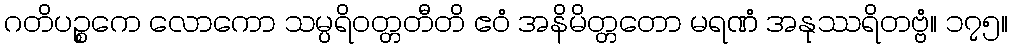
ဂတိပဉ္စကေ လောကော သမ္ပရိဝတ္တတီတိ ဧဝံ အနိမိတ္တတော မရဏံ အနုဿရိတဗ္ဗံ။ ၁၇၅။